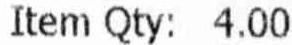
ITEM QTY: 4.00